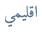
اقليمي